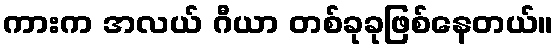
ကားက အလယ် ဂီယာ တစ်ခုခုဖြစ်နေတယ်။